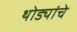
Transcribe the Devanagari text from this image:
थोड्यांचे